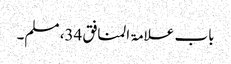
باب علامۃ المنافق 34، مسلم۔